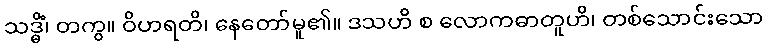
သဒ္ဓိံ၊ တကွ။ ဝိဟရတိ၊ နေတော်မူ၏။ ဒသဟိ စ လောကဓာတူဟိ၊ တစ်သောင်းသော